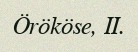
Örököse, II.